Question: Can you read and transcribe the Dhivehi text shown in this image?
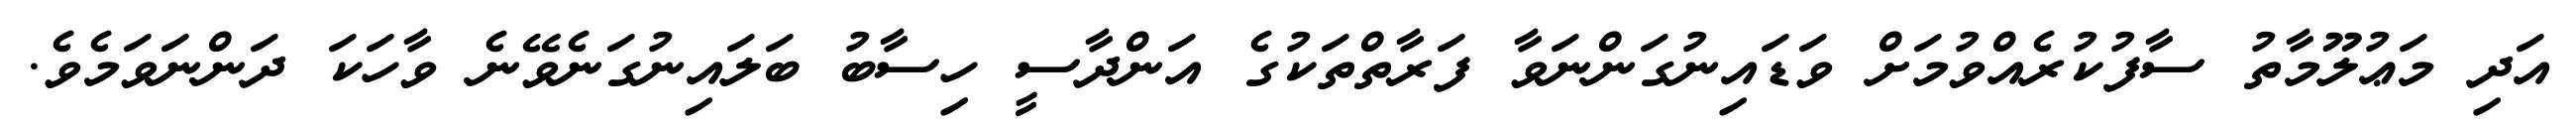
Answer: އަދި މަޢުލޫމާތު ސާފުކުރެއްވުމަށް ވަޑައިނުގަންނަވާ ފަރާތްތަކުގެ އަންދާސީ ހިސާބު ބަލައިނުގަނެވޭނެ ވާހަކަ ދަންނަވަމެވެ.